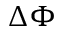
\Delta \Phi